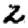
Digit: 2